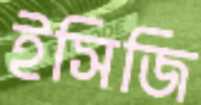
ইসিজি